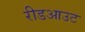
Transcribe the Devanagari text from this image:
रीडआउट